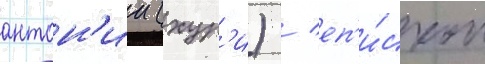
антон'ии (хур'и) / еп'и́скоп